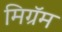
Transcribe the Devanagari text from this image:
मिग्रॅम